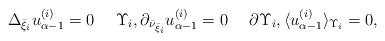
LaTeX: \begin{align*} \Delta_{\bar{\xi}_i}u^{(i)}_{\alpha -1} = 0 \ \ \ \ \Upsilon_i, \partial_{\bar{\nu}_{\bar{\xi}_i}} u^{(i)}_{\alpha -1} = 0 \ \ \ \ \partial \Upsilon_i, \langle u_{\alpha -1}^{(i)}\rangle_{\Upsilon_i} = 0,\end{align*}